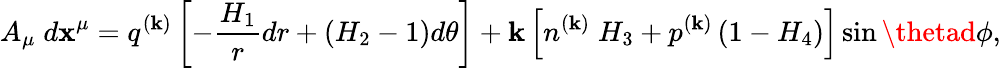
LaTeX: A_{\mu}\; d\mathbf{x}^{\mu}=q^{(\mathbf{k})}\left[-\frac{{H_{1}}}{{r}}dr+\left(H_{2}-1\right)d\theta\right]+\mathbf{k}\left[n^{(\mathbf{k})}\; H_{3}+p^{(\mathbf{k})}\left(1-H_{4}\right)\right]\sin\thetad\phi,